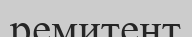
ремитент